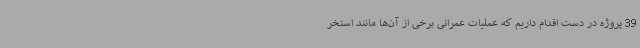
39 پروژه در دست اقدام داریم که عملیات عمرانی برخی از آن‌ها مانند استخر